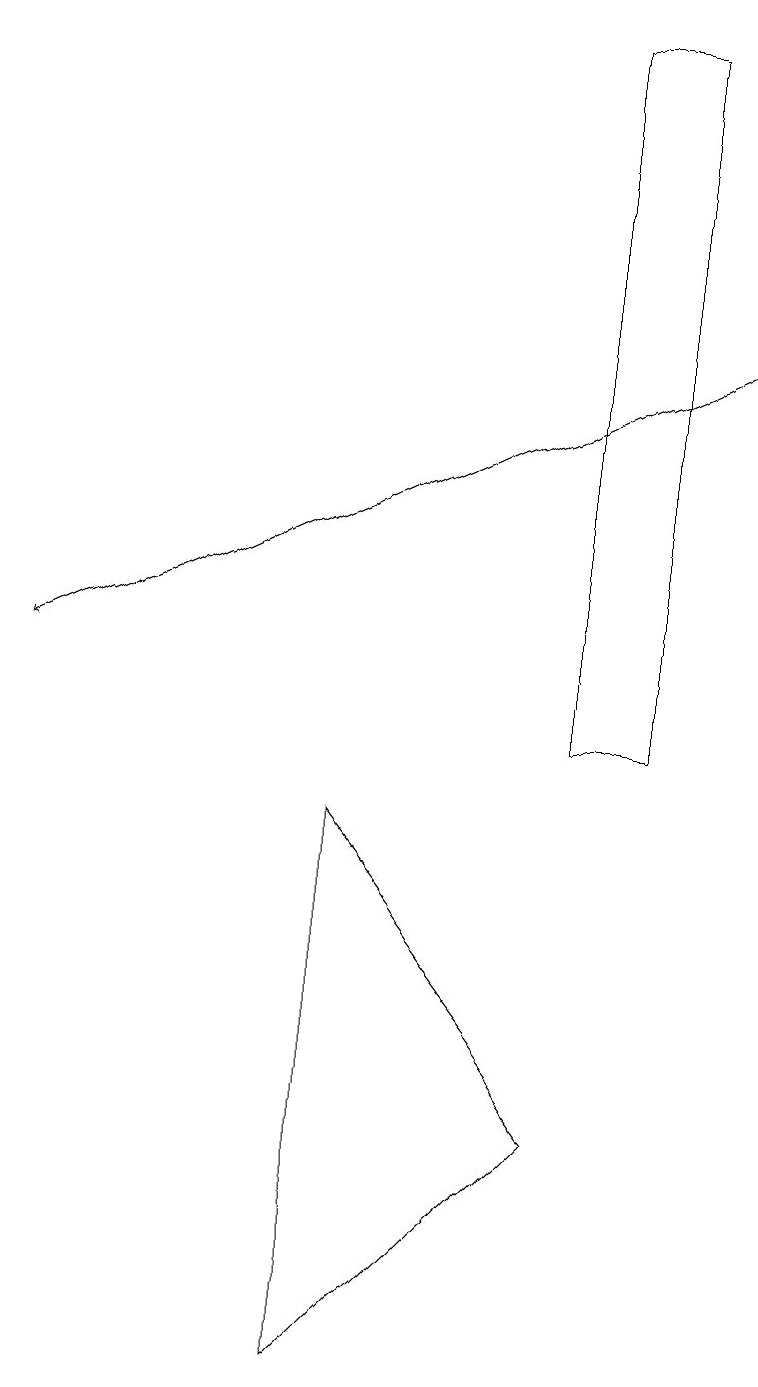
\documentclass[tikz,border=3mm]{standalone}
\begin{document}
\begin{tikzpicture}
\draw[->] (9,15) -- (0,11);
\draw (4,9) -- (4,2) -- (7,5) -- cycle;
\draw (7,10) rectangle (8,19);
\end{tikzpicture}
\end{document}